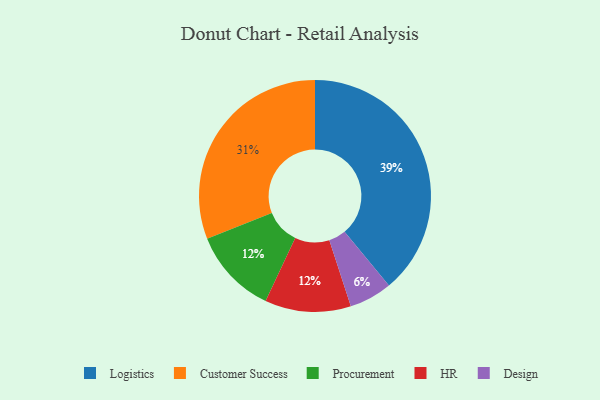
{"axis": {"x": "Category", "y": "Percentage"}, "legend": ["Customer Success", "Design", "HR", "Logistics", "Procurement"], "data": [{"x": "Customer Success", "y": 31, "type": "Customer Success"}, {"x": "Logistics", "y": 39, "type": "Logistics"}, {"x": "Design", "y": 6, "type": "Design"}, {"x": "Procurement", "y": 12, "type": "Procurement"}, {"x": "HR", "y": 12, "type": "HR"}]}